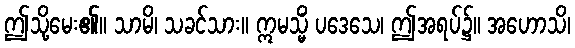
ဤသို့မေး၏။ သာမိ၊ သခင်သား။ ဣမသ္မိံ ပဒေသေ၊ ဤအရပ်၌။ အဟောသိ၊